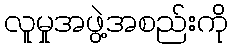
လူမှုအဖွဲ့အစည်းကို